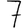
Digit: 7